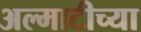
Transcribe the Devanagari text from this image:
अल्माटीच्या